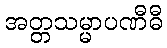
အတ္တသမ္မာပဏီဓီ